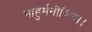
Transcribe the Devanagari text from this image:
माहुर्मनीषिण।।